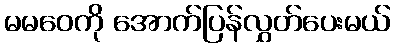
မမဝေကို အောက်ပြန်လွှတ်ပေးမယ်